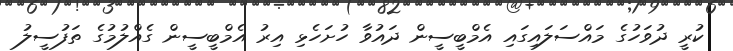
ކުރީ ދުވަހުގެ މައްސަލައިގައި އެމްބީސީން ދައުވާ ހުށަހެޅި އިރު އެމްބީސީން ގެއްލުމުގެ ތަފުސީލު